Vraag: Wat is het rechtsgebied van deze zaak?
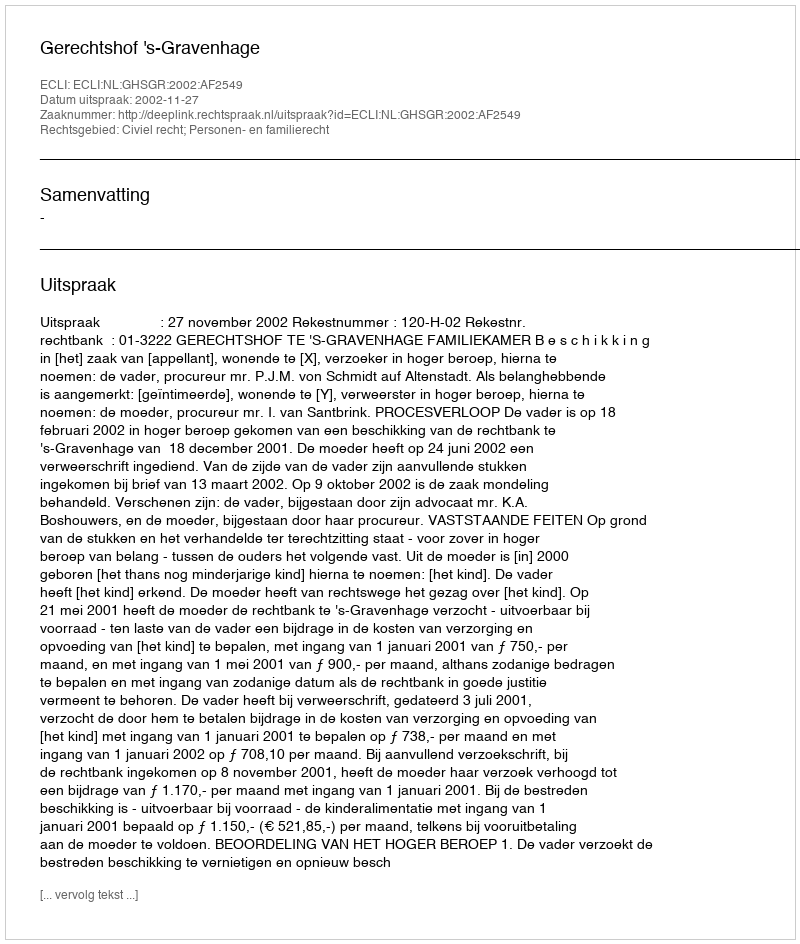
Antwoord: Civiel recht; Personen- en familierecht